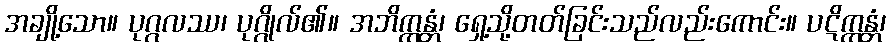
အချို့သော။ ပုဂ္ဂလဿ၊ ပုဂ္ဂိုလ်၏။ အဘိက္ကန္တံ၊ ရှေ့သို့တတ်ခြင်းသည်လည်းကောင်း။ ပဋိက္ကန္တံ၊